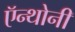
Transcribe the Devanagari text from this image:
ऍन्थोनी